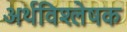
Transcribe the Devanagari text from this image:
अर्थविश्लेषक